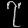
Digit: ၇